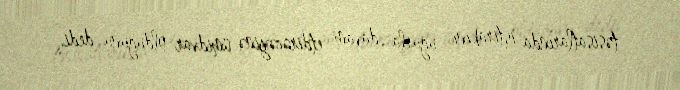
təsisatlarında iştirakını uğurla davam etdirəcəyinə ümidvar olduğunu dedi.